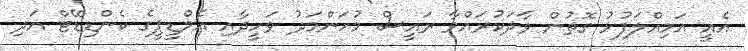
އެއީ އަމިއްލަފުޅު ގޮތުން ވާދަކުރައްވާ ރައީސް މުހަންމަދު ވަހީދާއި އެމްޑީޕީގެ ކެންޑިޑޭޓް އަދި